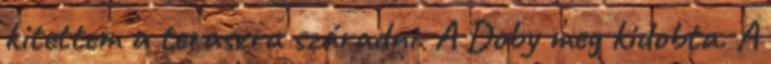
kitettem a teraszra száradni. A Doby meg kidobta. A